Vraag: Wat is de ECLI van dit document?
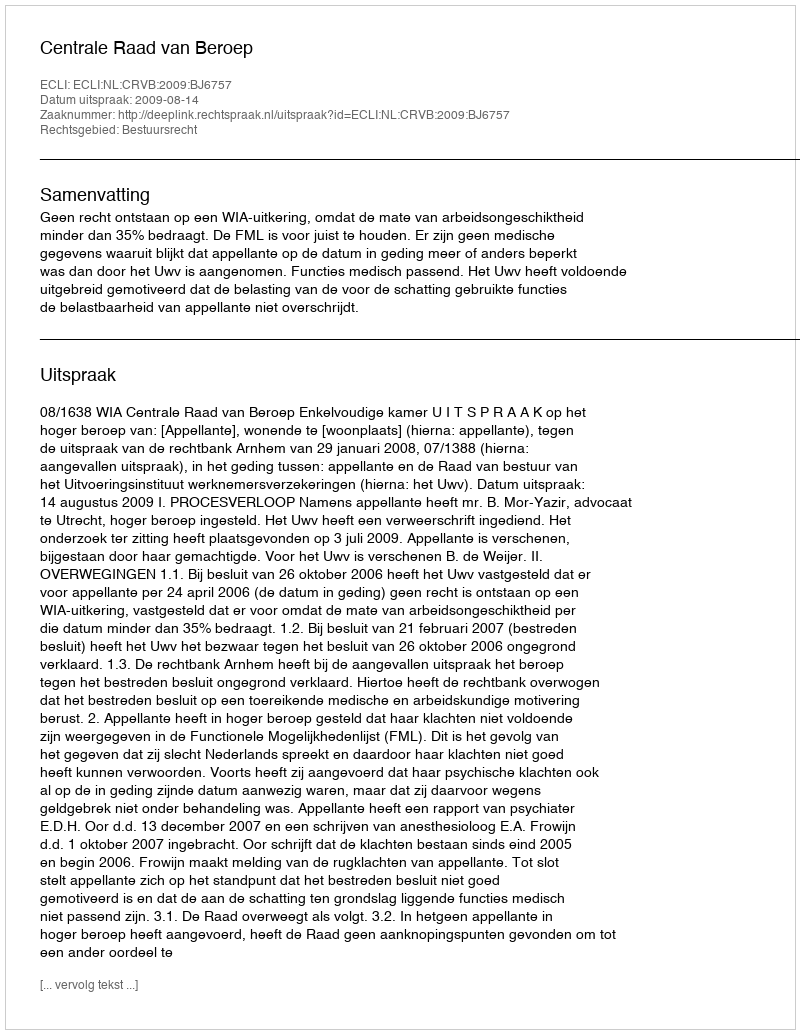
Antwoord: ECLI:NL:CRVB:2009:BJ6757